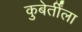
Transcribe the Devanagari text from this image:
कुबेर्तींला